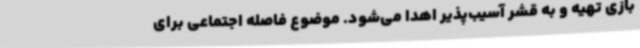
بازی تهیه و به قشر آسیب‌پذیر اهدا می‌شود. موضوع فاصله اجتماعی برای